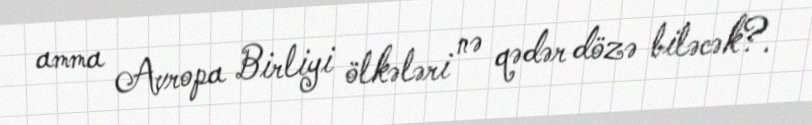
amma Avropa Birliyi ölkələri nə qədər dözə biləcək?.